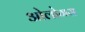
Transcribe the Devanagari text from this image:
ओलोगस